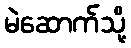
မဲဆောက်သို့